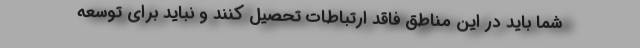
شما باید در این مناطق فاقد ارتباطات تحصیل کنند و نباید برای توسعه